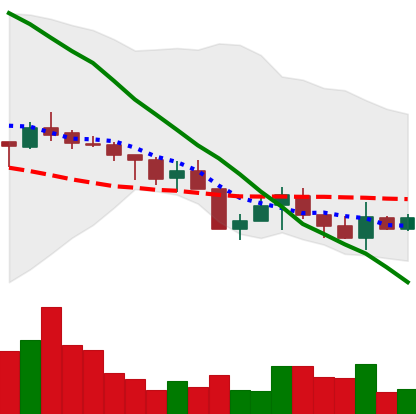
Ticker: XMR-USD
Chart end date: 2018-05-20
Forward return: -19.037%
Label: down_7plus